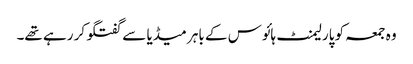
وہ جمعہ کو پارلیمنٹ ہائوس کے باہر میڈیا سے گفتگو کر رہے تھے۔